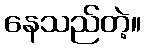
နေသည်တဲ့။